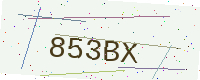
Text: 853BX